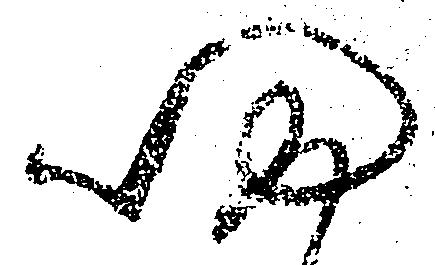
帰